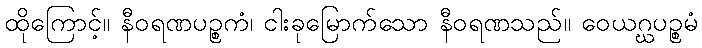
ထိုကြောင့်။ နီဝရဏပဉ္စကံ၊ ငါးခုမြောက်သော နီဝရဏသည်။ ဝေယဂ္ဃပဉ္စမံ